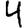
Digit: 4